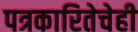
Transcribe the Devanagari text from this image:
पत्रकारितेचेही